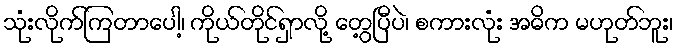
သုံးလိုက်ကြတာပေါ့၊ ကိုယ်တိုင်ရှာလို့ တွေ့ပြီပဲ၊ စကားလုံး အဓိက မဟုတ်ဘူး၊